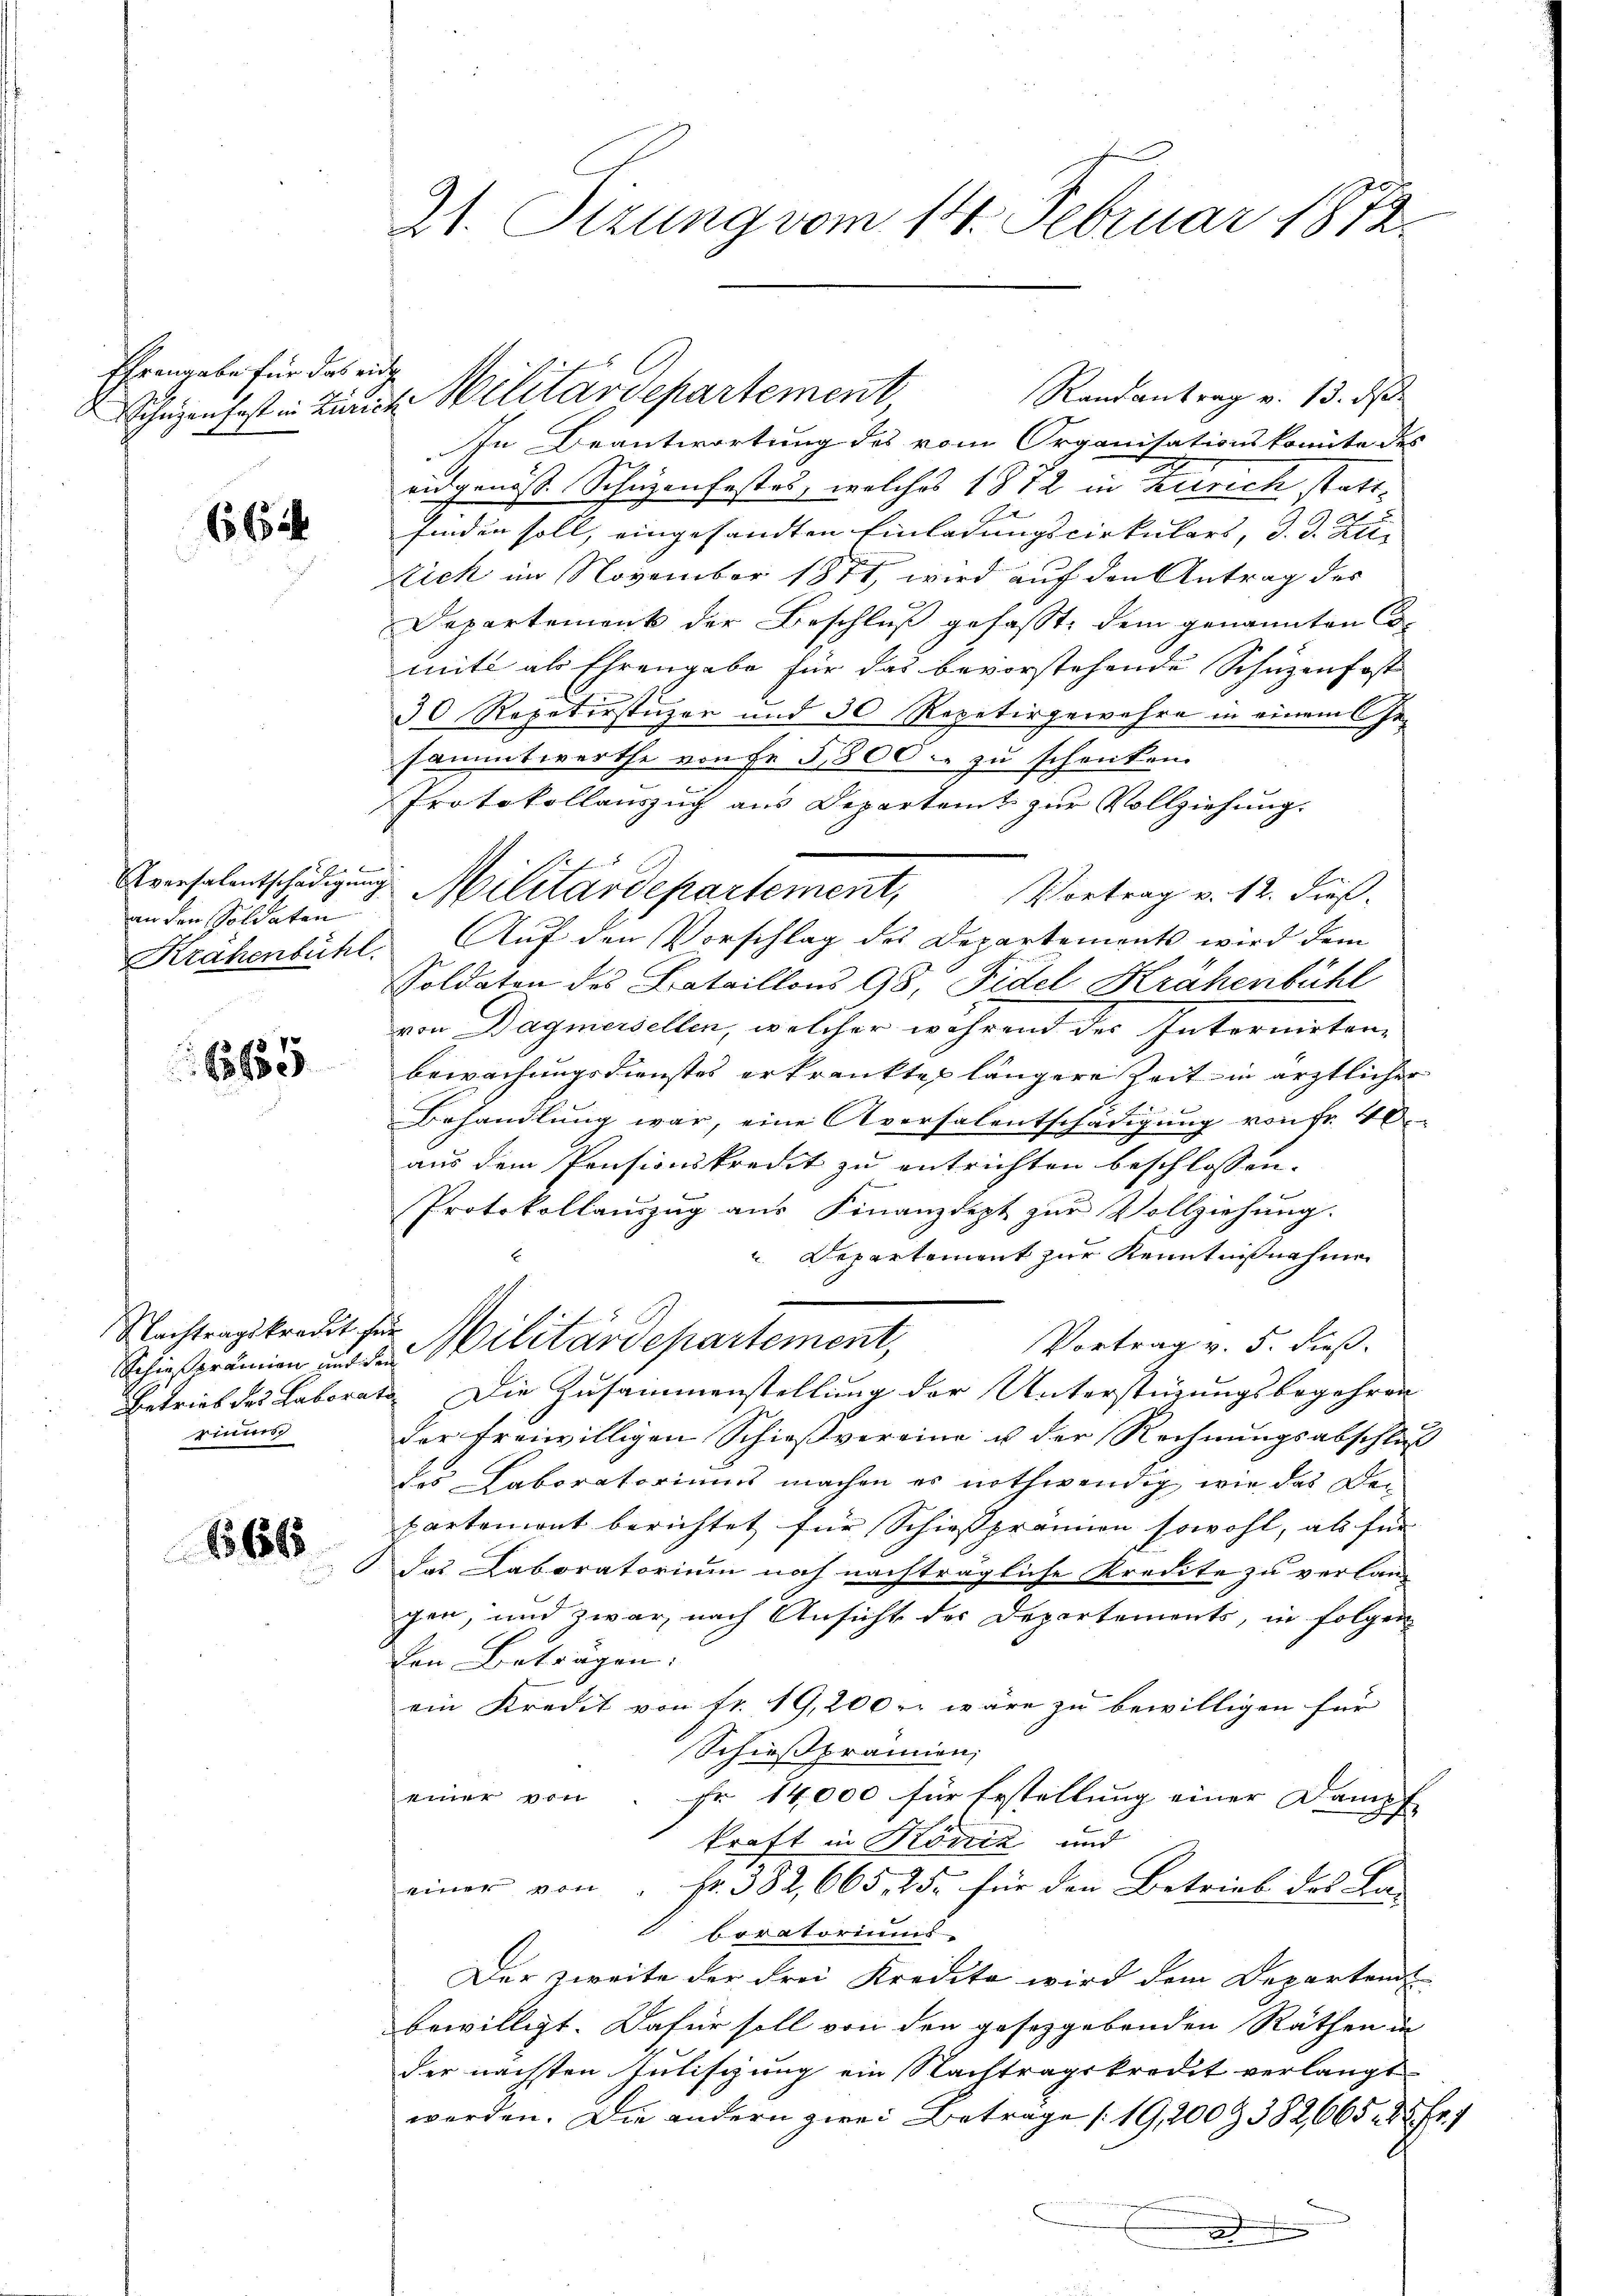
Ehrengabe für das einge

66

Eversalentschädigung
an den Soldaten

3655

Nachtragskredit für
rinnes

666

21. Sizung vom 14. Februar 1872.

Randantrag v. 13. ds.
SSchüzenfest in Zürich Militärdepartement
In Beantwortung des vom Organisationskomite des
eidgenöss. Schüzenfestes, welches 1872 in Terrich stattfinden soll, eingesandten Einladungscirkulars, d. d. Bil- |
Eich im November 1871, wird auf den Antrag des
Departement der Beschluß gefasst, dem genannten Comit als Ehrengabe für das bevorstehende Schüzenfost
30 Repetirstüzer und 30 Repetirgewahre in einem Ge-
sammtwerthe von fr 5800. zu schenken.
Protokollauszug aus Departamt zur Vollziehung.
Militärdepartement,
Vortrag v. 12. dieß.
Krähenbühl. Aŭf den Vorschlag des Departements wird dem
Soldaten des Bataillons 98, Fidel Krähenbühl
von Dagmersellen, welcher während der Intermietenbewachungsdienstes erkrankte längere Zeit in ärztlicher
Behandlung war, eine Aversalentschädigung von Fr. 40
aus dem Pensionskredit zu entrichten beschlossen.
Protokollauszug aus Finanzdept zur Vollziehung.
Departement zur Kenntnißnahmen
e
Vortrag v. 5. dieß.
Schießprämien und der Militärdepartement,
Betrieb des Laborats Die Zusammenstellung der Unterstüzungsbegehren
der freiwilligen Schießvereine u der Rechnungsabschluß
des Laboratoriums machen es nothwendig, wie das De¬
Partemont berichtet für Schießprämien sowohl, als für
das Laboratorium noch nachträgliche Kredite zu verlang
gen, und zwar, nach Ansicht des Departements, in folgen
den Beträgen. |
ein Kredit von Fr. 19,200. wäre zu bewilligen für
Schießprämien,
einer von Fr. 14,000 für Erstellung einer Dampfe
kraft in Köniz und
einer von " fr. 382,665. 25. für den Betrieb des La-
boratoriums
Der zweite der Frei Kredita wird dem Departend
bewilligt. Dafür soll von den gesetzgebenden Räthen in
der nächsten Julischung ein Nachtragskredit verlangt
werden. Die andern zwei Betrage /19,200 & 382,665 u. fr. 1